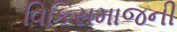
વિકિસમાજની